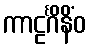
ကာဠင်္ဂိနိံဝ